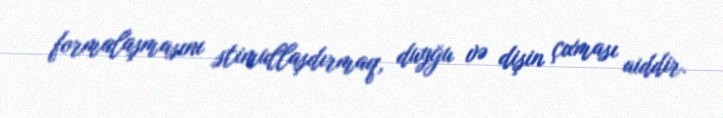
formalaşmasını stimullaşdırmaq, duyğu və dişin çıxması aiddir.